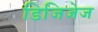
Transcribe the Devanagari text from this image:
डिजिजेज